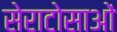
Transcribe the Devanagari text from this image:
सेराटोसाओं